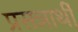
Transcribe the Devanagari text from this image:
प्रसन्नार्थी